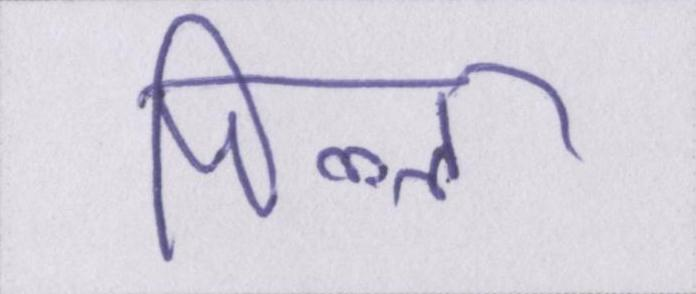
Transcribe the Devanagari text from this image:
पिल्ला